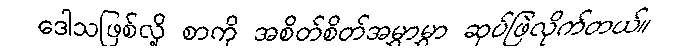
ဒေါသဖြစ်လို့ စာကို အစိတ်စိတ်အမွှာမွှာ ဆုပ်ဖြဲလိုက်တယ်။